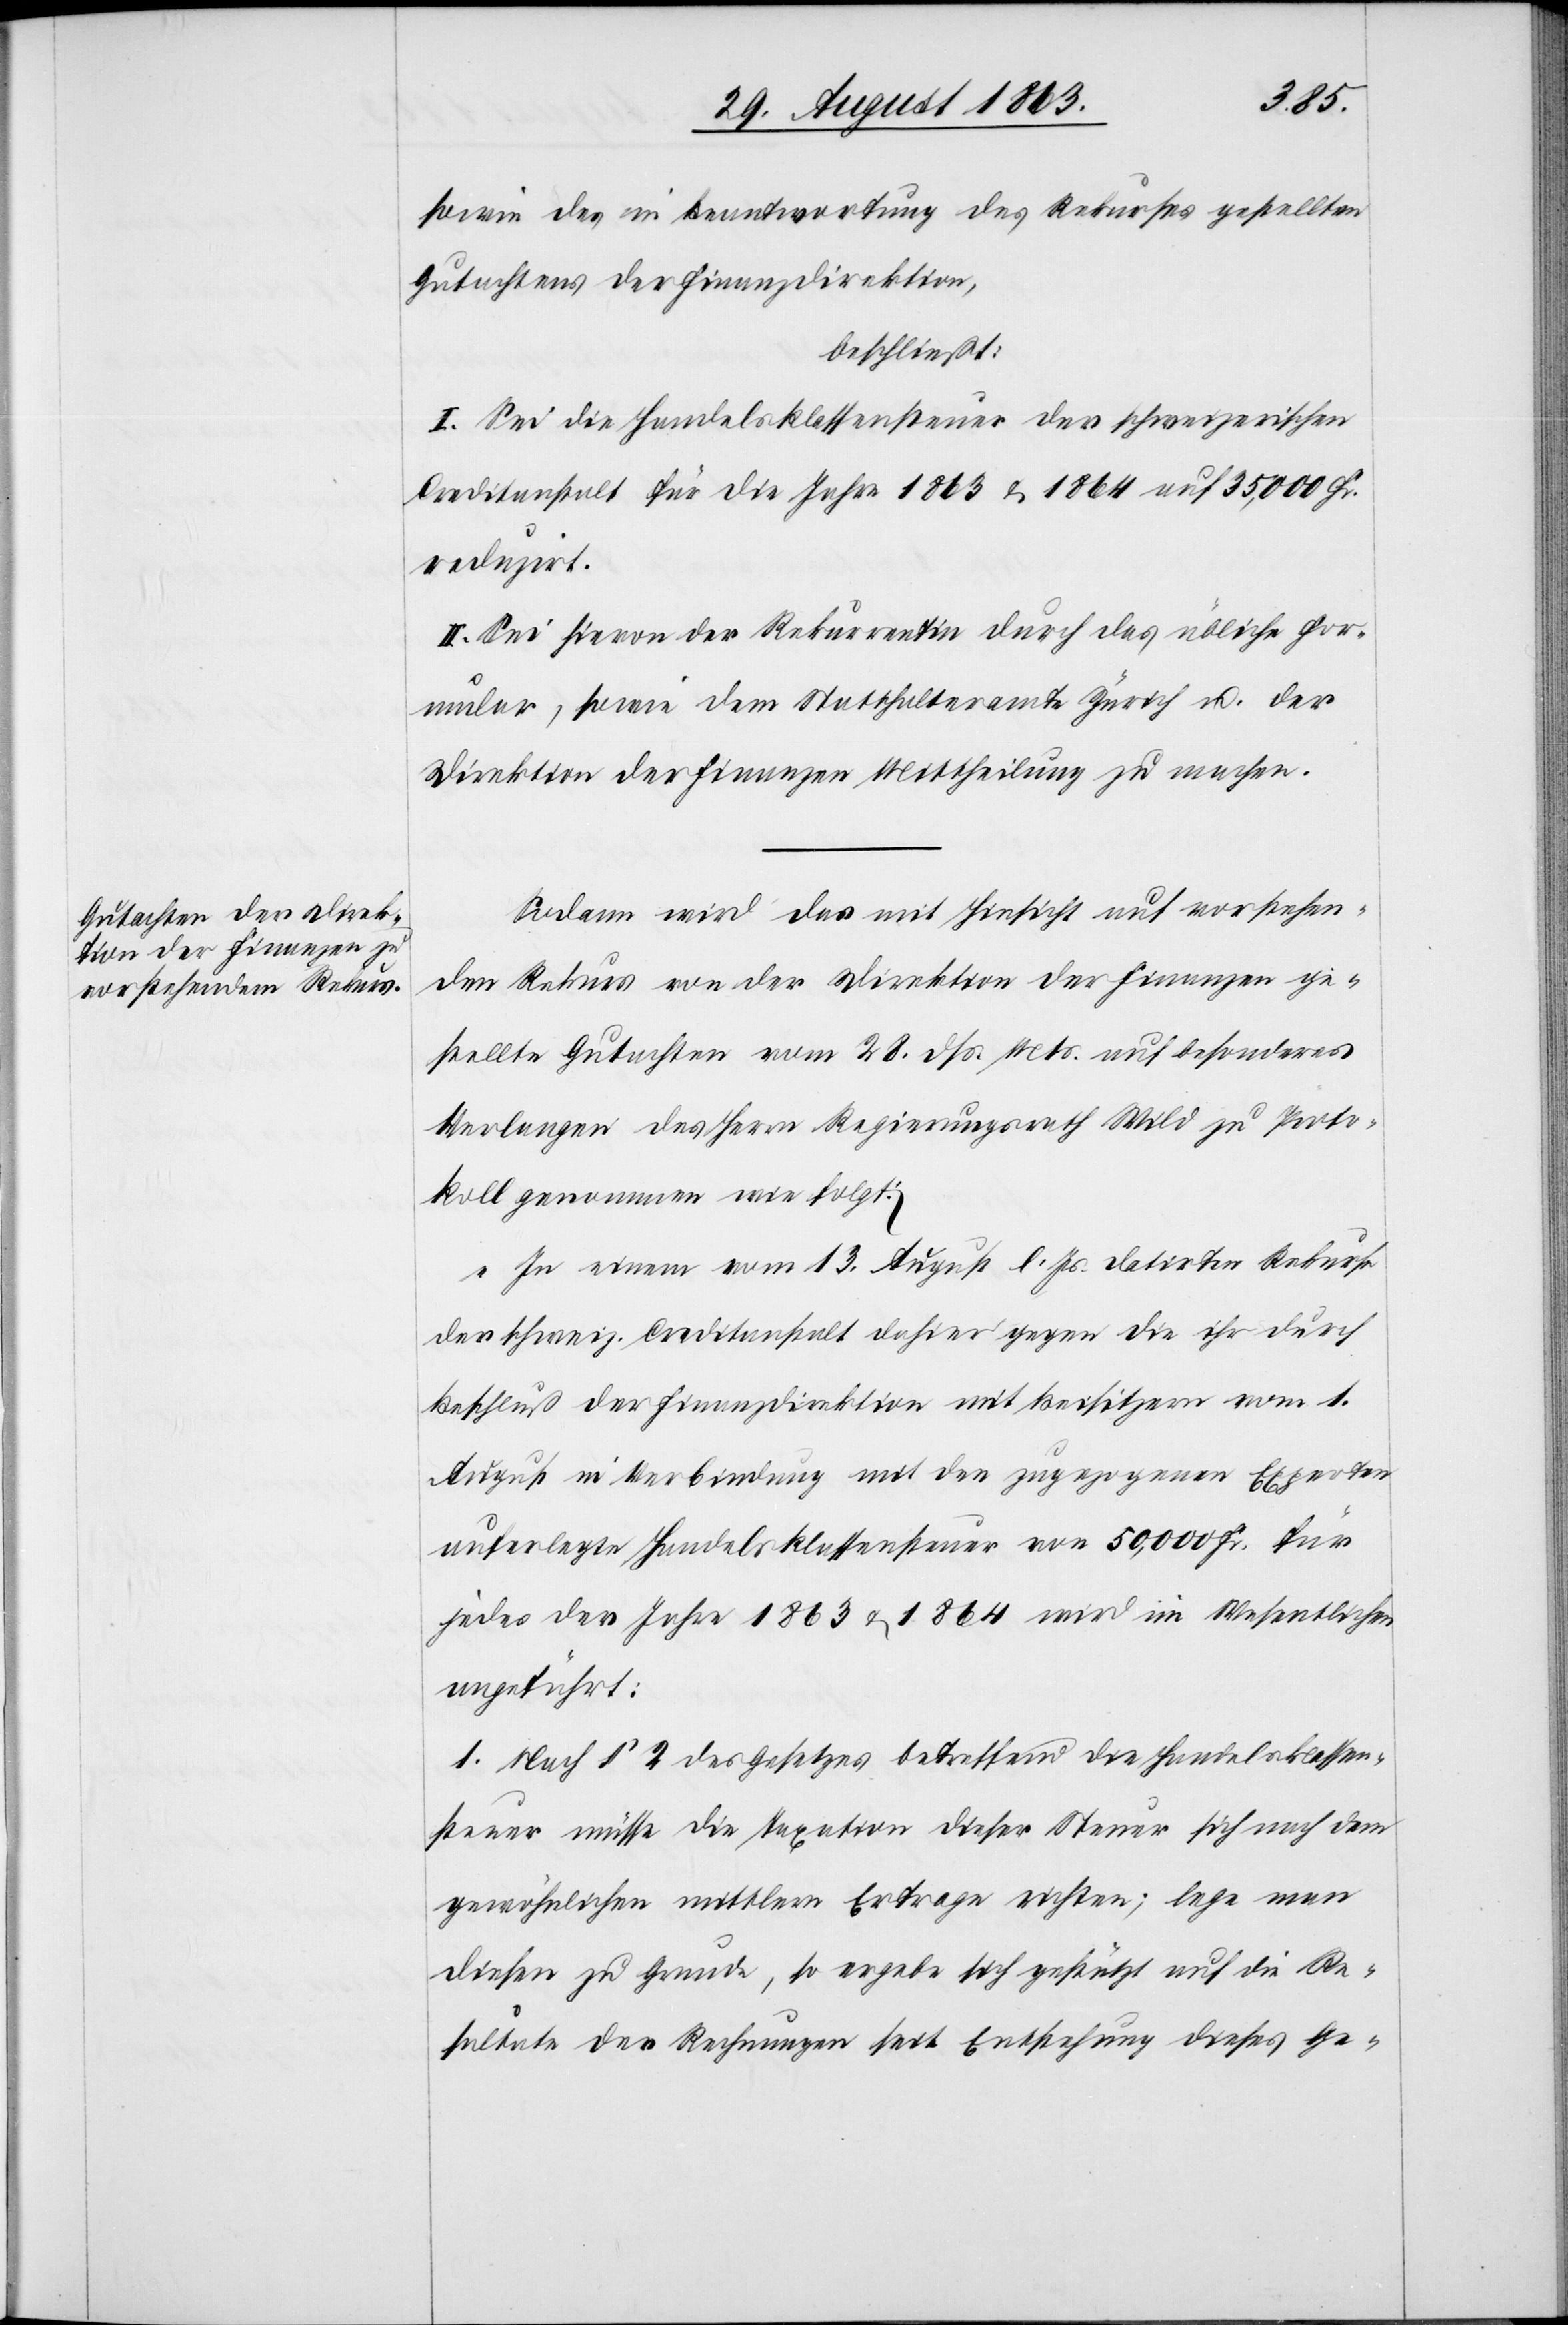
sowie des in Beantwortung des Rekurses gestellten
Gutachtens der Finanzdirektion,
beschließt:
I. Sei die Handelsklassensteuer der schweizerischen
Creditanstalt für die Jahre 1863 & 1864 auf 35,000 Fr.
reduzirt.
II. Sei hievon der Rekurrentin durch das übliche For¬
mular, sowie dem Statthalteramte Zürich u. der
Direktion der Finanzen Mittheilung zu machen.
Sodann wird das mit Hinsicht auf vorstehen¬
den Rekurs von der Direktion der Finanzen ge¬
stellte Gutachten vom 28. dß. Mts. auf besonderes
Verlangen des Herrn Regierungsrath Wild zu Proto¬
koll genommen wie folgt:
„In einem vom 13. August l. Js. datirten Rekurse
der schweiz. Creditanstalt dahier gegen die ihr durch
Beschluß der Finanzdirektion mit Beisitzern vom 1.
August in Verbindung mit den zugezogenen Experten
auferlegte Handelsklassensteuer von 50,000 Fr. für
jedes der Jahre 1863 & 1864 wird im Wesentlichen
angeführt:
1. Nach § 2 des Gesetzes betreffend die Handelsklassen¬
steuer müsse die Taxation dieser Steuer sich nach dem
gewöhnlichen mittlern Ertrage richten; lege man
diesen zu Grunde, so ergebe sich gestützt auf die Re¬
sultate der Rechnungen seit Entstehung dieses Ge-